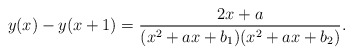
\begin{align*}y(x)-y(x+1)=\frac{2x+a}{(x^2+a x+b_1)(x^2+a x+b_2)}.\end{align*}